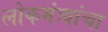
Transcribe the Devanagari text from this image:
लोकमंत्र्यांचा